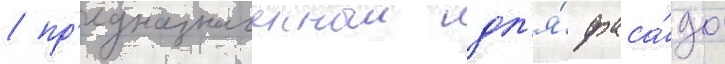
/ пр'едназначенныи дл'я́ фаса́да